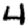
Digit: 4